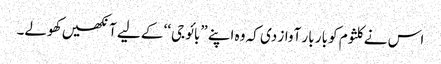
اس نے کلثوم کو بار بار آواز دی کہ وہ اپنے ”بائو جی‘‘ کے لیے آنکھیں کھولے۔